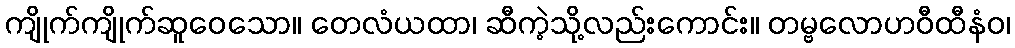
ကျိုက်ကျိုက်ဆူဝေသော။ တေလံယထာ၊ ဆီကဲ့သို့လည်းကောင်း။ တမ္ဗလောဟဝီထီနံဝ၊